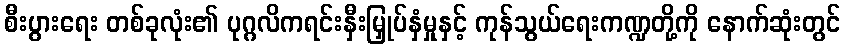
စီးပွားရေး တစ်ခုလုံး၏ ပုဂ္ဂလိကရင်းနှီးမြှုပ်နှံမှုနှင့် ကုန်သွယ်ရေးကဏ္ဍတို့ကို နောက်ဆုံးတွင်